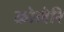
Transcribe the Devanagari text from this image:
कोलेरि